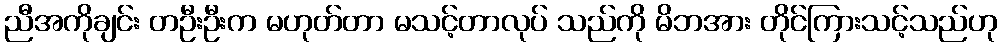
ညီအကိုချင်း တဦးဦးက မဟုတ်တာ မသင့်တာလုပ် သည်ကို မိဘအား တိုင်ကြားသင့်သည်ဟု